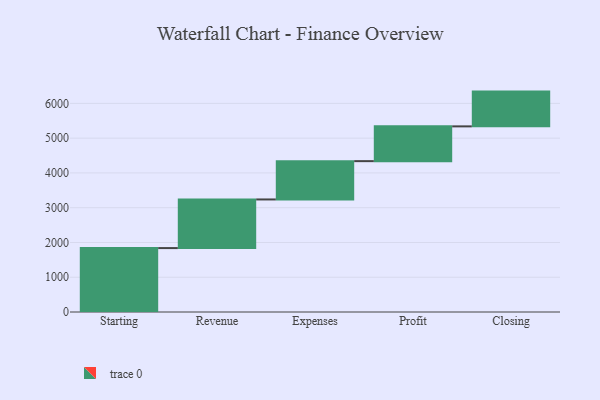
{"axis": {"x": "Step", "y": "Value"}, "legend": [""], "data": [{"x": "Starting", "y": 1838.0, "type": ""}, {"x": "Revenue", "y": 1399.0, "type": ""}, {"x": "Expenses", "y": 1102.0, "type": ""}, {"x": "Profit", "y": 1000, "type": ""}, {"x": "Closing", "y": 1000, "type": ""}]}